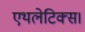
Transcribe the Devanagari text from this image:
एथलेटिक्स।